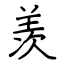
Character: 羡